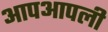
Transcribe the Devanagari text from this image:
आपआपली